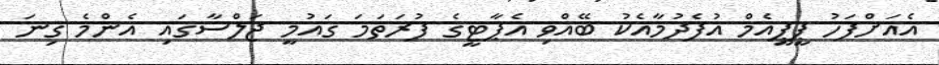
އެއަށްފަހު ޕީޕީއެމް އުފެދުމާއެކު ބޭއްވި އެޕާޓީގެ ފުރަތަމަ ގައުމީ ޖަލްސާގައި އެންމެ ގިނަ